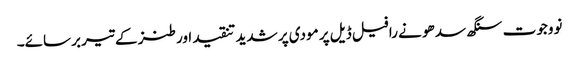
نووجوت سنگھ سدھو نے رافیل ڈیل پر مودی پر شدید تنقید اور طنز کے تیر برسائے۔